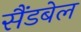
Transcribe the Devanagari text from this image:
सैंडबेल